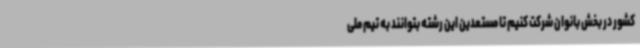
کشور در بخش بانوان شرکت کنیم تا مستعدین این رشته بتوانند به تیم ملی